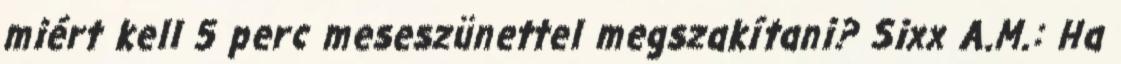
miért kell 5 perc meseszünettel megszakítani? Sixx A.M.: Ha